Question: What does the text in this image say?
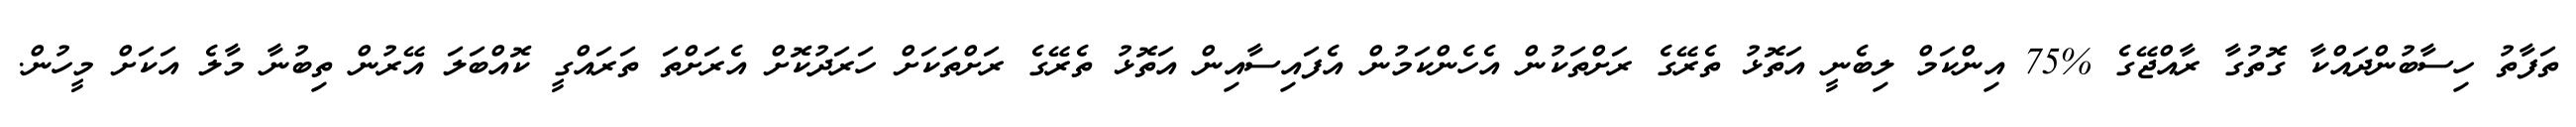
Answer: ތަފާތު ހިސާބުންދައްކާ ގޮތުގާ ރާއްޖޭގެ %75 އިންކަމް ލިބެނީ އަތޮޅު ތެރޭގެ ރަށްތަކުން އެހެންކަމުން އެފައިސާއިން އަތޮޅު ތެރޭގެ ރަށްތަކަށް ހަރަދުކޮށް އެރަށްތަ ތަރައްގީ ކޮއްބަލަ އޭރުން ތިބުނާ މާލެ އަކަށް މީހުން.